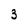
Character: 3